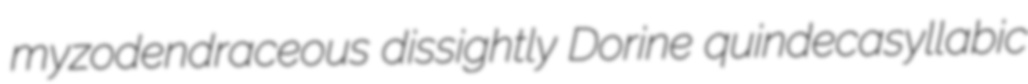
myzodendraceous dissightly Dorine quindecasyllabic